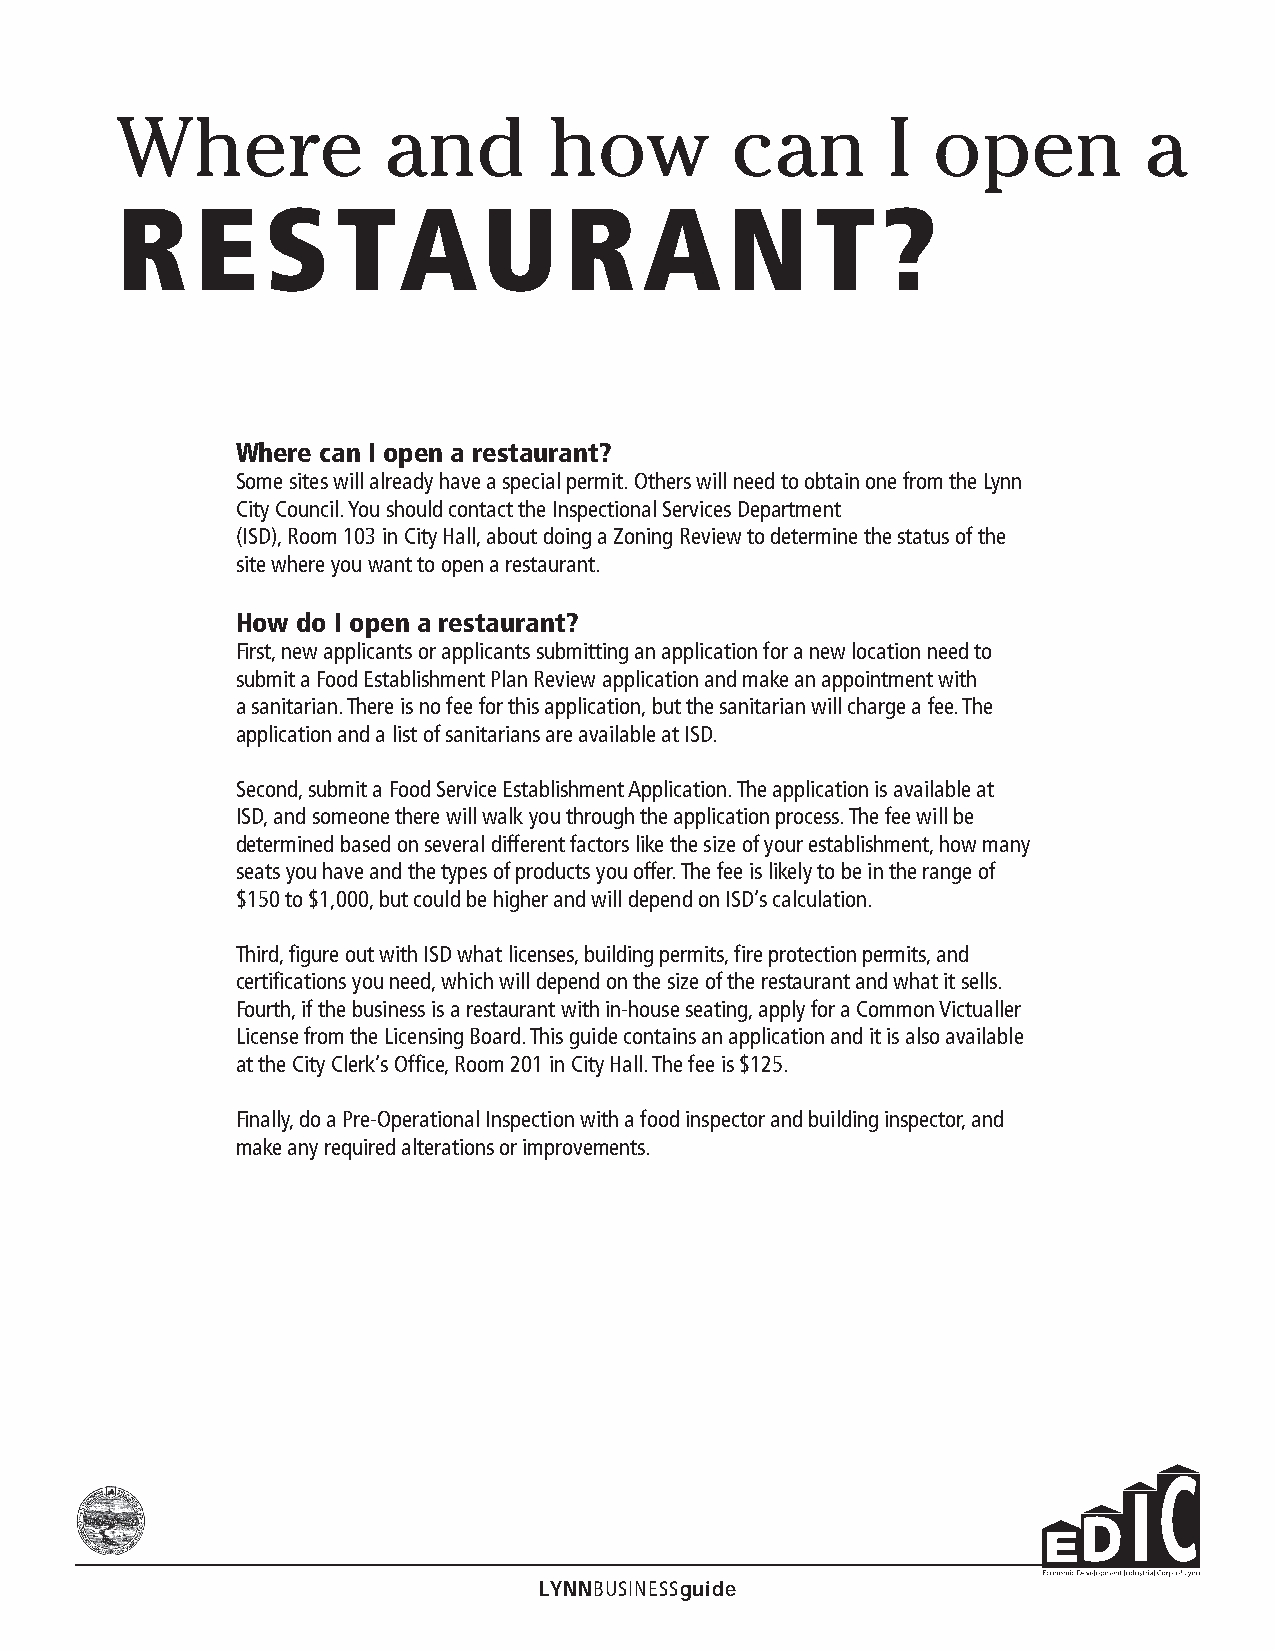
Where            and        how         can        I  open          a
 R    E    S   TAU            R     A    N     T   ?
 Where can I open a restaurant?
 Some sites will already have a special permit. Others will need to obtain one from the Lynn
 City Council. You should contact the Inspectional Services Department
 (ISD), Room 103 in City Hall, about doing a Zoning Review to determine the status of the
 site where you want to open a restaurant.
 How do I open a restaurant?
 First, new applicants or applicants submitting an application for a new location need to
 submit a Food Establishment Plan Review application and make an appointment with
 a sanitarian. There is no fee for this application, but the sanitarian will charge a fee. The
 application and a list of sanitarians are available at ISD.
 Second, submit a Food Service Establishment Application. The application is available at
 ISD, and someone there will walk you through the application process. The fee will be
 determined based on several different factors like the size of your establishment, how many
 seats you have and the types of products you offer. The fee is likely to be in the range of
 $150 to $1,000, but could be higher and will depend on ISD’s calculation.
 Third, figure out with ISD what licenses, building permits, fire protection permits, and
 certifications you need, which will depend on the size of the restaurant and what it sells.
 Fourth, if the business is a restaurant with in-house seating, apply for a Common Victualler
 License from the Licensing Board. This guide contains an application and it is also available
 at the City Clerk’s Office, Room 201 in City Hall. The fee is $125.
 Finally, do a Pre-Operational Inspection with a food inspector and building inspector, and
 make any required alterations or improvements.
 LYNNBUSINESSguide